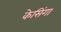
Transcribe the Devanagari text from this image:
केसिंगा